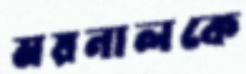
ময়নালকে